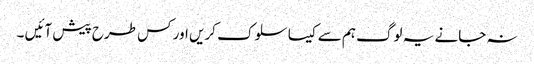
نہ جانے یہ لوگ ہم سے کیسا سلوک کریں اور کس طرح پیش آئیں ۔